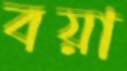
বয়া